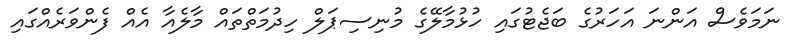
ނަމަވެސް އަންނަ އަހަރުގެ ބަޖެޓުގައި ހުޅުމާލޭގެ މުނިސިޕަލް ހިދުމަތްތައް މާލެއާ އެއް ފެންވަރެއްގައި